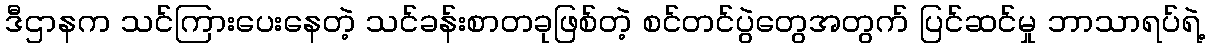
ဒီဌာနက သင်ကြားပေးနေတဲ့ သင်ခန်းစာတခုဖြစ်တဲ့ စင်တင်ပွဲတွေအတွက် ပြင်ဆင်မှု ဘာသာရပ်ရဲ့